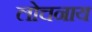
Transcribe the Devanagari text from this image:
लोचनाय